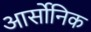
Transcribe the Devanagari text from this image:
आर्सोनिक